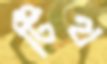
টিথ